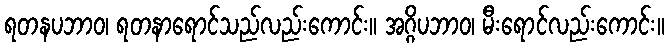
ရတနပဘာဝ၊ ရတနာရောင်သည်လည်းကောင်း။ အဂ္ဂိပဘာဝ၊ မီးရောင်လည်းကောင်း။